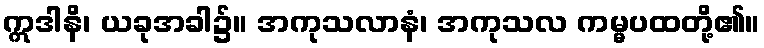
ဣဒါနိ၊ ယခုအခါ၌။ အကုသလာနံ၊ အကုသလ ကမ္မပထတို့၏။